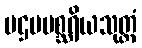
ပဌမမစ္ဆရိယသုတ္တံ